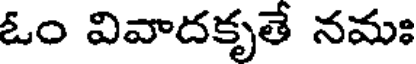
ఓం వివాదకృతే నమః